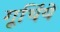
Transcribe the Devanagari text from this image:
गूथिंये